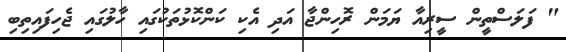
" ފަލަސްތީން ސީރިއާ ޔަމަން ރޮހިންޖާ އަދި އެކި ކަންކޮޅުތަކުގައި ހާލުގައި ޖެހިފައިތިބި